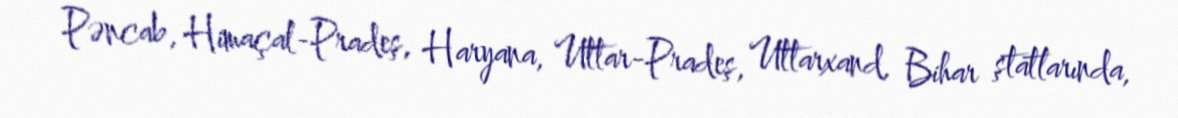
Pəncab, Himaçal-Pradeş, Haryana, Uttar-Pradeş, Uttarxand, Bihar ştatlarında,